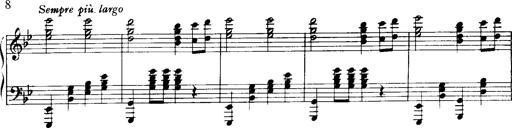
Title: Historische ungarische Bildnisse
Composer: Franz Liszt